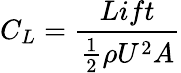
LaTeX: C_{L}=\frac{Lift}{\frac{1}{2}\rho U^{2}A}